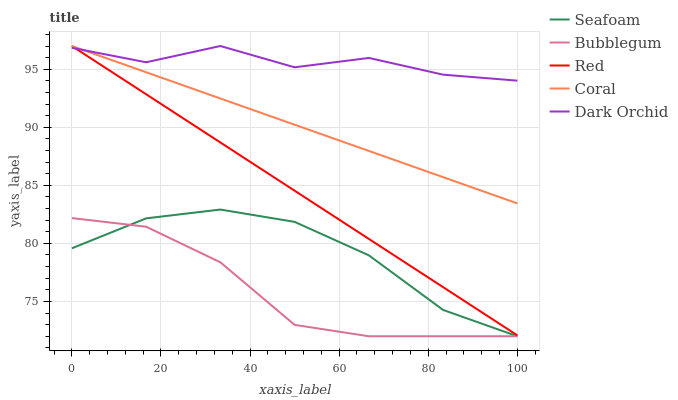
| xaxis_label | Seafoam | Bubblegum | Red | Coral | Dark Orchid |
 | --- | --- | --- | --- | --- | --- |
 | 0 | 79.6 | 82.2 | 97 | 97 | 96.8 |
 | 16.7 | 82.2 | 81.4 | 92.8 | 94.7 | 95.6 |
 | 33.3 | 82.9 | 78.4 | 88.7 | 92.5 | 97 |
 | 50 | 81.9 | 73 | 84.5 | 90.2 | 95.2 |
 | 66.7 | 79 | 72 | 80.4 | 88 | 96 |
 | 83.3 | 74.3 | 72 | 76.2 | 85.7 | 94.5 |
 | 100 | 72 | 72 | 72.1 | 83.4 | 94 |